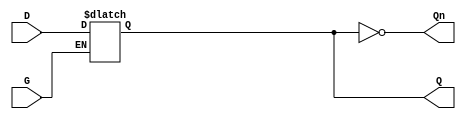
module gated_latch (
    input wire D,      // Data input
    input wire G,      // Gate / Enable signal
    output reg Q,      // Output
    output wire Qn     // Complement of output
);

// Complement of output Q
assign Qn = ~Q;

// Always block triggered by changes in G or D
always @(*) begin
    if (G) begin
        // When G is high, Q follows D
        Q = D;
    end
    // When G is low, Q retains its previous value (hold state)
end

endmodule